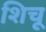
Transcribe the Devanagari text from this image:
शिचू